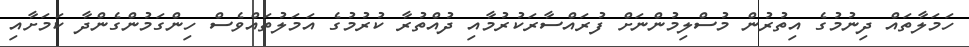
ހަމަލާތައް ދިނުމުގެ އިތުރުން މުސްލިމުންނަށް ފުރައްސާރަކުރުމާއި ދުއްތުރާ ކުރުމުގެ އަމަލުތައްވެސް ހިންގަމުންގެންދާ ކަމަށާއި